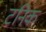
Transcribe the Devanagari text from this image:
टनिक